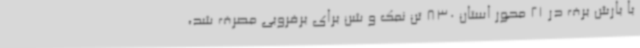
با بارش برف در 21 محور استان 830 تن نمک و شن برای برفروبی مصرف شد،